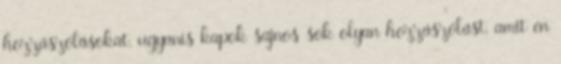
hozzászólásokat, ugyanis kapok sajnos sok olyan hozzászólást, amit én